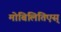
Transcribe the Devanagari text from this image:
मोबिलितिएस्